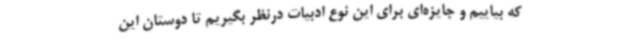
که بیاییم و جایزه‌ای برای این نوع ادبیات درنظر بگیریم تا دوستان این